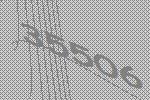
35506